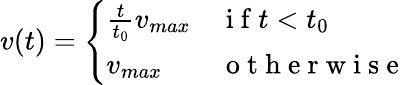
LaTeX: \begin{array}{r}{v(t)=\left\{ \begin{array}{ll}{\frac{t}{t_{0}}v_{max}}&{\mathrm{~i~f~}t<t_{0}}\\ {v_{max}}&{\mathrm{~o~t~h~e~r~w~i~s~e~}}\end{array}\right.}\end{array}